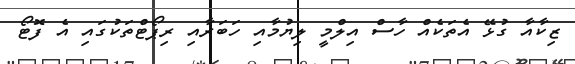
ޒިކާއާ ގުޅޭ އެތަކެއް ހާސް އިލްމީ ލިޔުމާއި ހަބަރާއި ރިޕޯޓްތަކުގައި އެ ފޮޓޯ